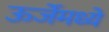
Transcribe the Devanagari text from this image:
ऊर्जेमध्ये